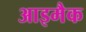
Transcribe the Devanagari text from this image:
आइमैक